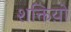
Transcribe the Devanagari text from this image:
शक्तिय़ो